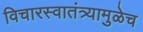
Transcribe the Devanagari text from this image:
विचारस्वातंत्र्यामुळेच